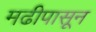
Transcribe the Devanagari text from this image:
मढीपासून